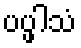
ပပ္ဖါသံ